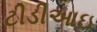
ટીડીઆઇ